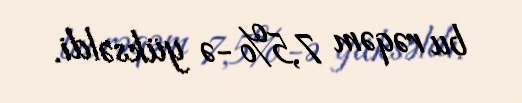
bu rəqəm 7,5%-ə yüksəldi.